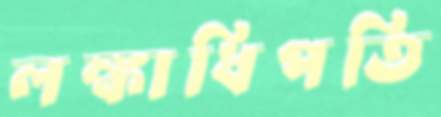
লঙ্কাধিপতি